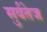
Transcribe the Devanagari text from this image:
सुर्यतेज